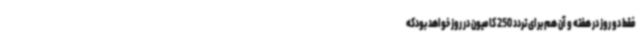
فقط دو روز در هفته و آن هم برای تردد 250 کامیون در روز خواهد بودکه